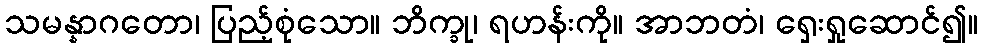
သမန္နာဂတော၊ ပြည့်စုံသော။ ဘိက္ခု၊ ရဟန်းကို။ အာဘတံ၊ ရှေးရှုဆောင်၍။